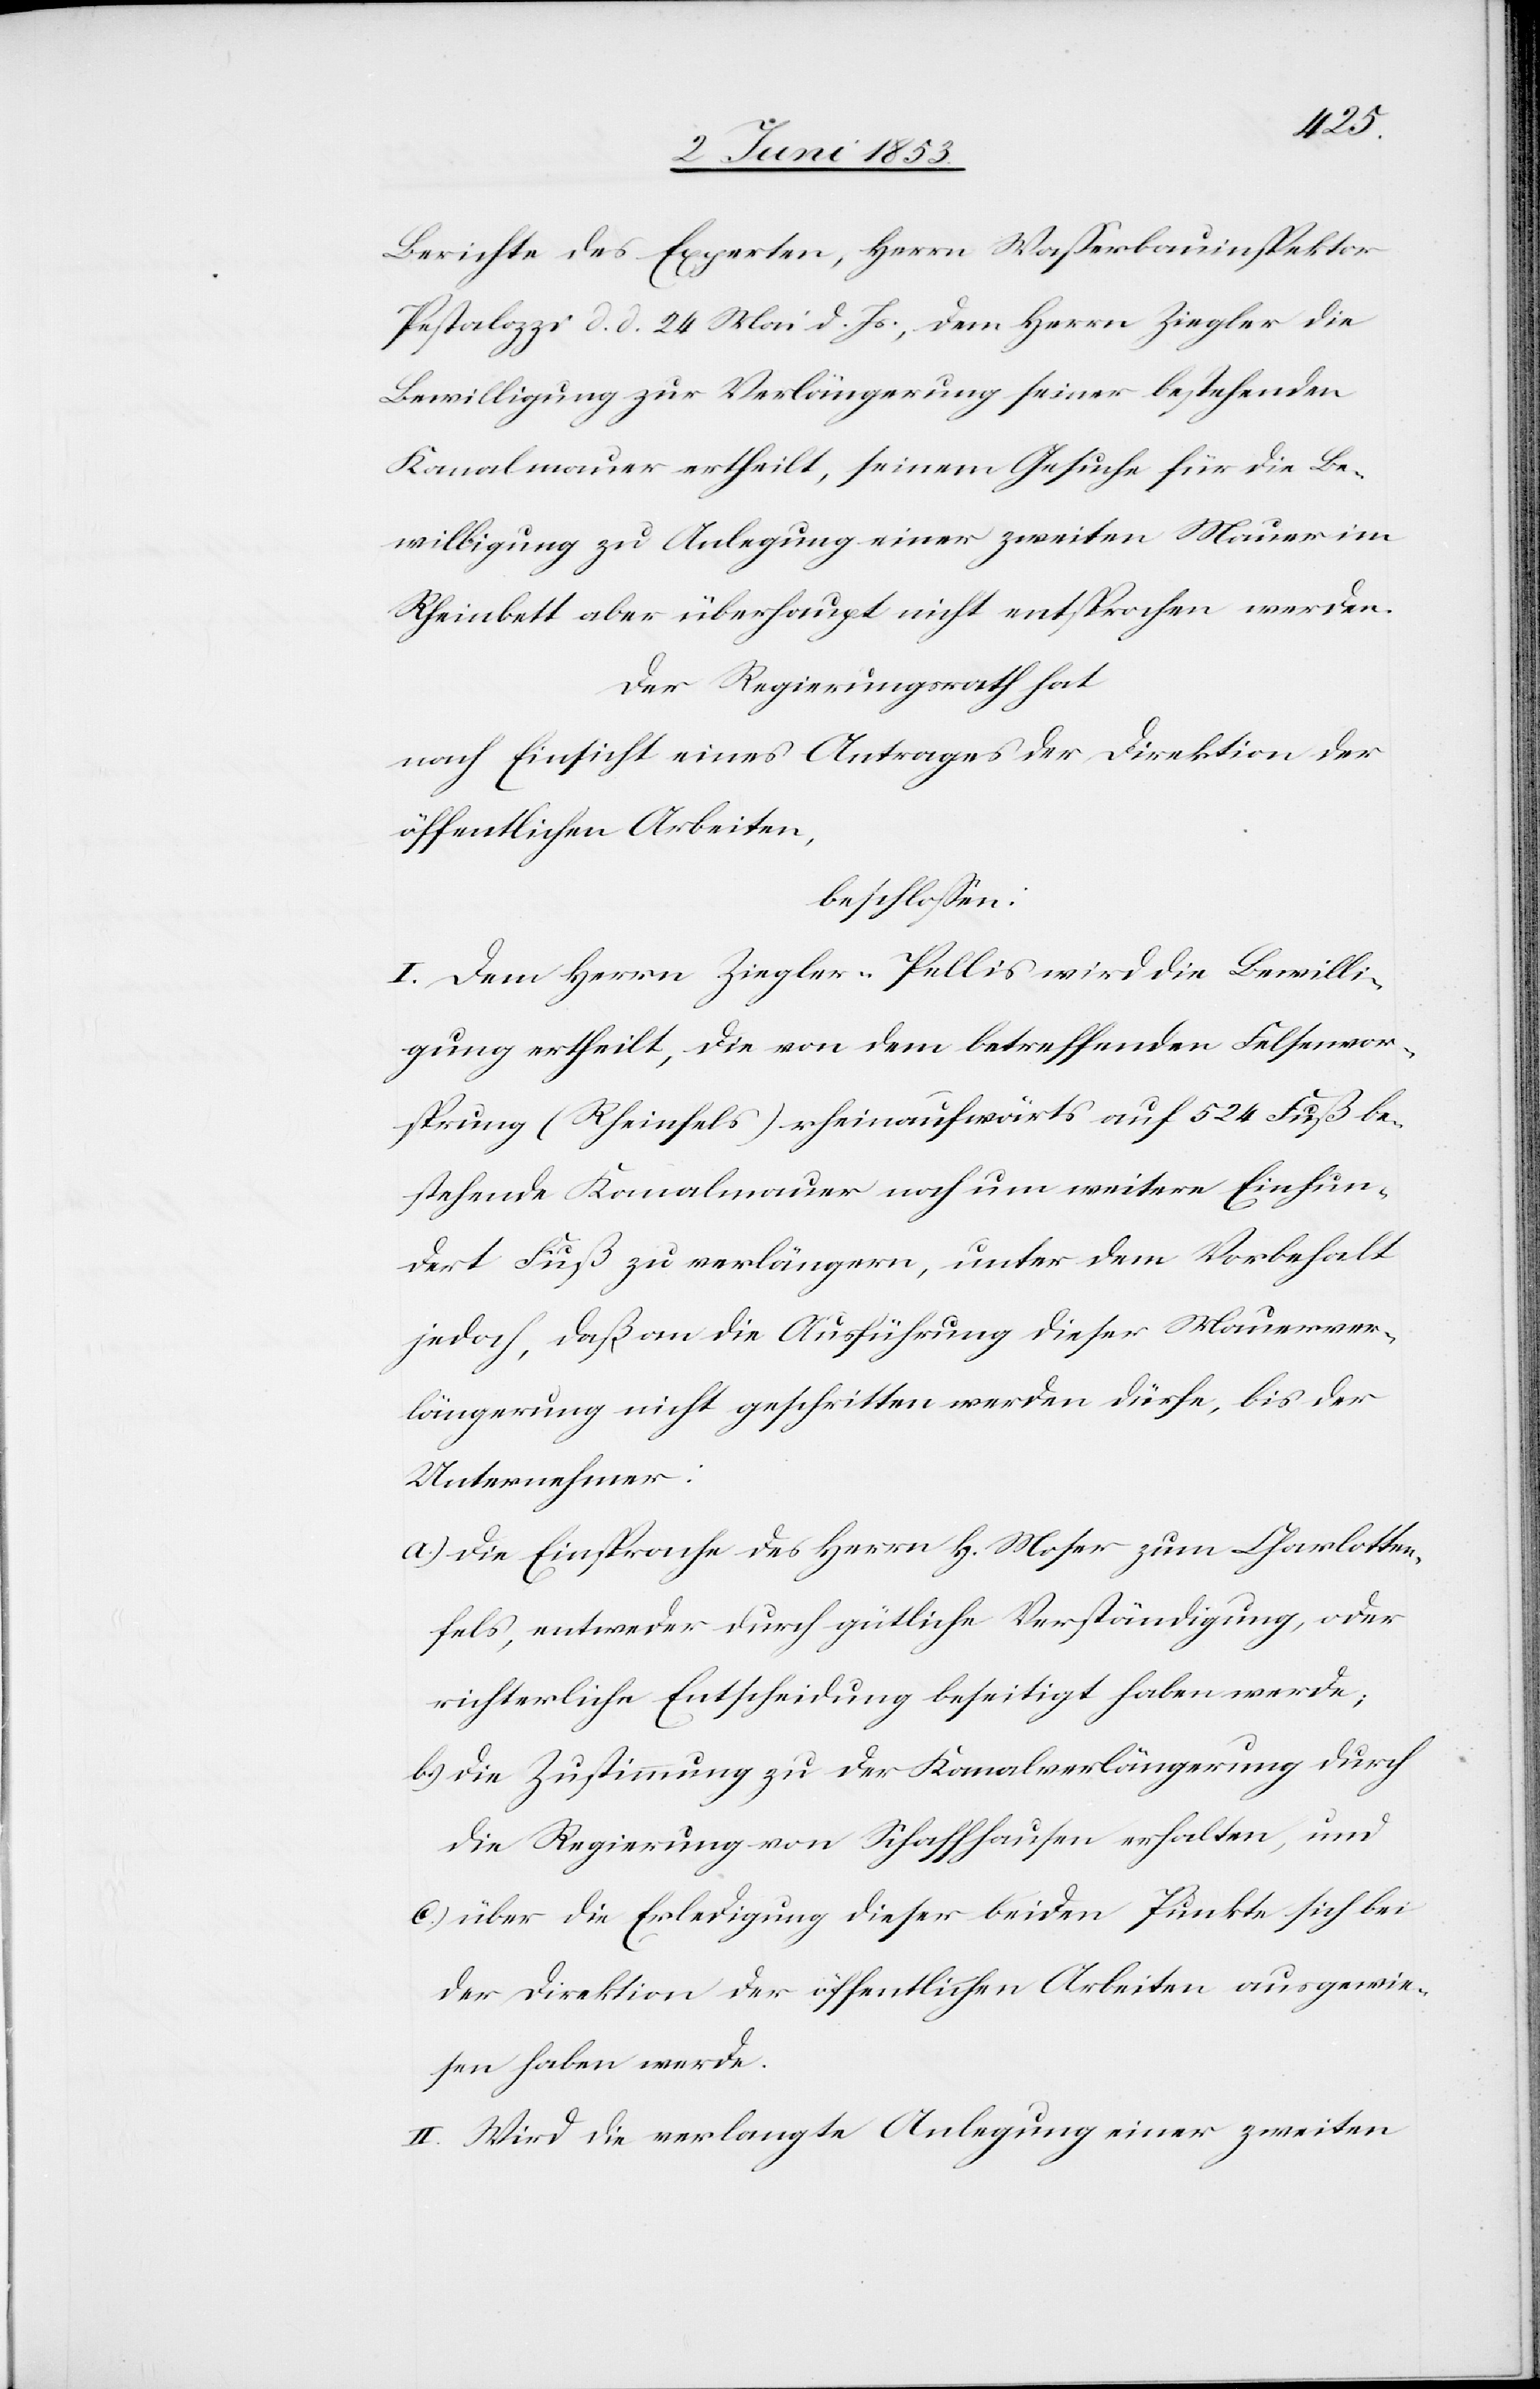
Berichte des Experten, Herrn Waßerbauinspektor
Pestalozzi d. d. 24 Mai d. Js., dem Herrn Ziegler die
Bewilligung zur Verlängerung seiner bestehenden
Kanalmauer ertheilt, seinem Gesuche für die Be¬
willigung zu Anlegung einer zweiten Mauer in
Rheinbett aber überhaupt nicht entsprochen werden.
Der Regierungsrath hat
nach Einsicht eines Antrages der Direktion der
öffentlichen Arbeiten,
beschloßen:
I. Dem Herrn Ziegler-Pellis wird die Bewilli¬
gung ertheilt, die von dem betreffenden Felsenvor¬
sprung (Rheinfels) rheinaufwärts auf 524 Fuß be¬
stehende Kanalmauer noch um weitere Einhun¬
dert Fuß zu verlängern, unter dem Vorbehalt
jedoch, daß an die Ausführung dieser Mauerver¬
läjngerung nicht geschritten werden dürfe, bis der
Unternehmer:
a) die Einsprache des Herrn H. Moser zum Charlotten¬
fels, entweder durch gütliche Verständigung, oder
richterliche Entscheidung beseitigt haben werde;
b) die Zustimmung der Kanalverlängerung durch
die Regierung von Schaffhausen erhalten, und
c) über die Erledigung dieser beiden Punkte sich bei
der Direktion der öffentlichen Arbeiten ausgewie¬
sen haben werde.
II. Wird die verlangte Anlegung einer zweiten